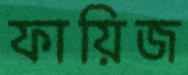
ফায়িজ